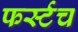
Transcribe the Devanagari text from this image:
फर्स्टच